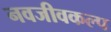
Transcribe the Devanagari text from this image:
नवजीवकल्प